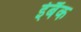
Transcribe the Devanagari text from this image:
ईबैंक